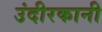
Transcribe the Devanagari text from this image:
उंदीरकानी